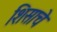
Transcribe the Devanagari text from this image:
शिसाचे